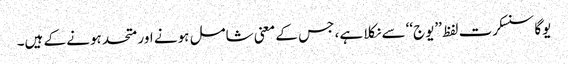
یوگا سنسکرت لفظ ’’یوج‘‘ سے نکلا ہے، جس کے معنی شامل ہونے اور متحد ہونے کے ہیں۔